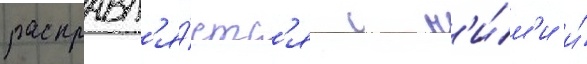
расправл'я́етс'я с н'и́м'и и́